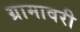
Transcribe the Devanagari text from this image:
ग्रामावरी